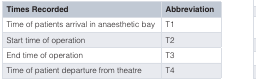
<table><thead><tr><td><b>Times Recorded</b></td><td><b>Abbreviation</b></td></tr></thead><tbody><tr><td>Time of patients arrival in anaesthetic bay</td><td>T1</td></tr><tr><td>Start time of operation</td><td>T2</td></tr><tr><td>End time of operation</td><td>T3</td></tr><tr><td>Time of patient departure from theatre</td><td>T4</td></tr></tbody></table>